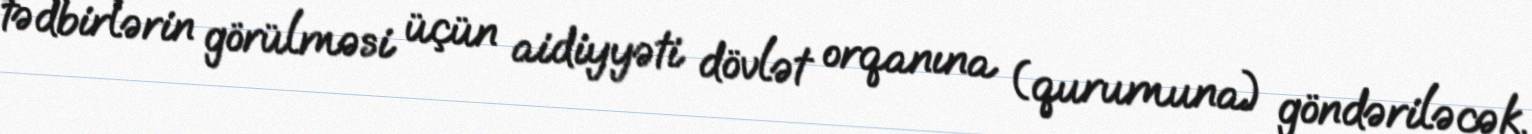
tədbirlərin görülməsi üçün aidiyyəti dövlət orqanına (qurumuna) göndəriləcək.